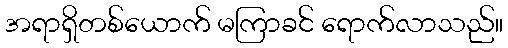
အရာရှိတစ်ယောက် မကြာခင် ရောက်လာသည်။